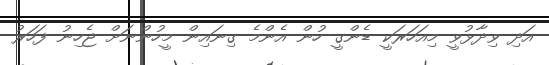
އަދި ވިދާޅުވީ މިއަހަރަކީ ޑެންގީ ހުން އެންމެ ގިނައިން މީހުންނަށް ޖެހިނު ފަހަރު